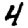
Digit: 4